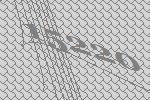
15220